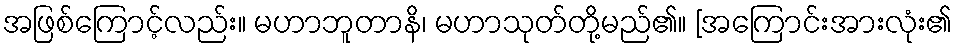
အဖြစ်ကြောင့်လည်း။ မဟာဘူတာနိ၊ မဟာသုတ်တို့မည်၏။ [အကြောင်းအားလုံး၏